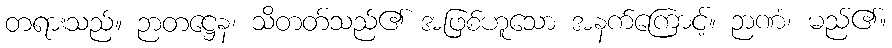
တရားသည်။ ဉာတဋ္ဌေန၊ သိတတ်သည်၏ အဖြစ်ဟူသော အနက်ကြောင့်။ ဉာဏံ၊ မည်၏။